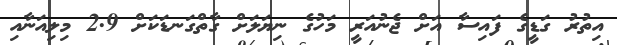
އިތުރު ގަޑީގެ ފައިސާ އަށް ޖެނުއަރީ މަހުގެ ނިޔަލަށް ގާތްގަނޑަކަށް 2.9 މިލިއަނާއި